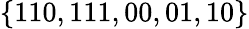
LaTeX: \{ 110,111,00,01,10\}